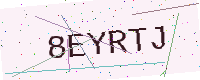
Text: 8EYRTJ